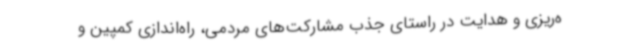
ه‌ریزی و هدایت در راستای جذب مشارکت‌های مردمی، راه‌اندازی کمپین و